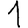
Digit: 1